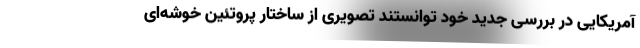
آمریکایی در بررسی جدید خود توانستند تصویری از ساختار پروتئین خوشه‌ای